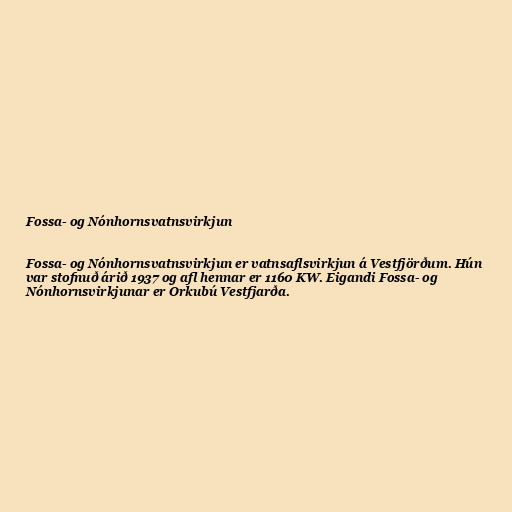
Fossa- og Nónhornsvatnsvirkjun

Fossa- og Nónhornsvatnsvirkjun er vatnsaflsvirkjun á Vestfjörðum. Hún
var stofnuð árið 1937 og afl hennar er 1160 KW. Eigandi Fossa- og
Nónhornsvirkjunar er Orkubú Vestfjarða.